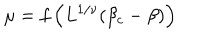
\mu = f \left( L ^ { 1 / \nu } ( \beta _ { c } - \beta ) \right)